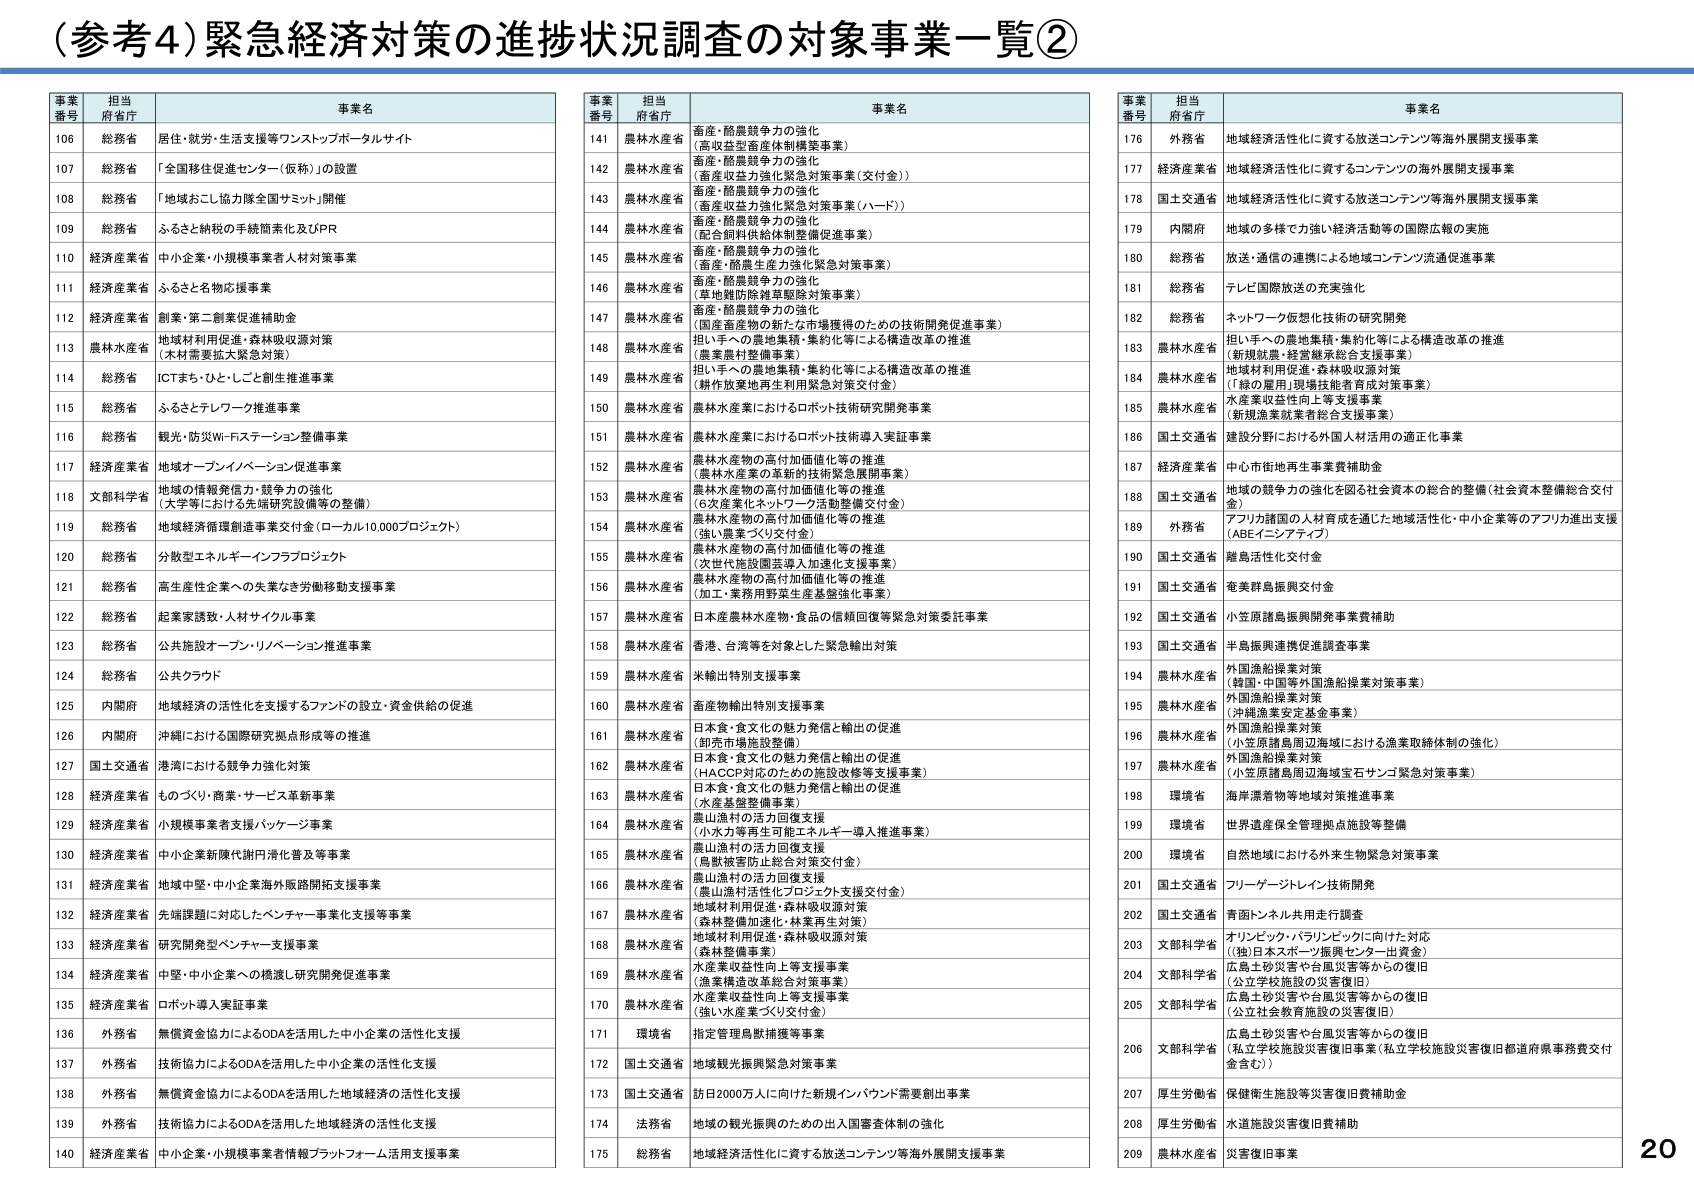
（参考4）緊急経済対策の進捗状況調査の対象事業一覧②

事案番号 担当府省庁 事業名
106 総務省 居住・就労・生活支援等ワンストップポータルサイト
107 総務省 「全国移住促進センター（仮称）」の設置
108 総務省 「地域おこし協力隊全国サミット」開催
109 総務省 ふるさと納税の手続簡素化及びPR
110 経済産業省 中小企業・小規模事業者人材対策事業
111 経済産業省 ふるさと名物応援事業
112 経済産業省 創業・第二創業促進補助金
113 農林水産省 地域材利用促進・森林吸収源対策（木材需要拡大緊急対策）
114 総務省 ICTまち・ひと・しごと創生推進事業
115 総務省 ふるさとテレワーク推進事業
116 総務省 観光・防災Wi-Fiステーション整備事業
117 経済産業省 地域オープンイノベーション促進事業
118 文部科学省 地域の情報発信力・競争力の強化（大学等における先端研究設備等の整備）
119 総務省 地域経済循環創造事業交付金（ローカル10,000プロジェクト）
120 総務省 分散型エネルギーインフラプロジェクト
121 総務省 高生産性企業への失業なき労働移動支援事業
122 総務省 起業家誘致・人材サイクル事業
123 総務省 公共施設オープン・リバージョン推進事業
124 総務省 公共クラウド
125 内閣府 地域経済の活性化を支援するファンドの設立・資金供給の促進
126 内閣府 沖縄における国際研究拠点形成等の推進
127 国土交通省 港湾における競争力強化対策
128 経済産業省 ものづくり・商業・サービス革新事業
129 経済産業省 小規模事業者支援パッケージ事業
130 経済産業省 中小企業新陳代謝円滑化普及等事業
131 経済産業省 地域中堅・中小企業海外販路開拓支援事業
132 経済産業省 先端課題に対応したベンチャー事業化支援等事業
133 経済産業省 研究開発型ベンチャー支援事業
134 経済産業省 中堅・中小企業への橋渡し研究開発促進事業
135 経済産業省 ロボット導入実証事業
136 外務省 無償資金協力によるODAを活用した中小企業の活性化支援
137 外務省 技術協力によるODAを活用した中小企業の活性化支援
138 外務省 無償資金協力によるODAを活用した地域経済の活性化支援
139 外務省 技術協力によるODAを活用した地域経済の活性化支援
140 経済産業省 中小企業・小規模事業者情報プラットフォーム活用支援事業

事案番号 担当府省庁 事業名
141 農林水産省 畜産・酪農競争力の強化（高収益型畜産体制構築事業）
142 農林水産省 畜産・酪農競争力の強化（畜産収益力強化緊急対策事業（交付金））
143 農林水産省 畜産・酪農競争力の強化（畜産収益力強化緊急対策事業（ハード））
144 農林水産省 畜産・酪農競争力の強化（配合飼料供給体制整備促進事業）
145 農林水産省 畜産・酪農競争力の強化（畜産・酪農生産力強化緊急対策事業）
146 農林水産省 畜産・酪農競争力の強化（草地難防除雑草駆除対策事業）
147 農林水産省 畜産・酪農競争力の強化（国産畜産物の新たな市場獲得のための技術開発促進事業）
148 農林水産省 担い手への農地集積・集約化等による構造改革の推進（農業農村整備事業）
149 農林水産省 担い手への農地集積・集約化等による構造改革の推進（耕作放棄地再生利用緊急対策交付金）
150 農林水産省 農林水産業におけるロボット技術研究開発事業
151 農林水産省 農林水産業におけるロボット技術導入実証事業
152 農林水産省 農林水産物の高付加価値化等の推進（農林水産業の革新的技術緊急展開事業）
153 農林水産省 農林水産物の高付加価値化等の推進（6次産業化ネットワーク活動整備交付金）
154 農林水産省 農林水産物の高付加価値化等の推進（強い農業づくり交付金）
155 農林水産省 農林水産物の高付加価値化等の推進（次世代施設園芸導入加速化支援事業）
156 農林水産省 農林水産物の高付加価値化等の推進（加工・業務用野菜生産基盤強化事業）
157 農林水産省 日本産農林水産物・食品の信頼回復等緊急対策委託事業
158 農林水産省 香港、台湾等を対象とした緊急輸出対策
159 農林水産省 米輸出特別支援事業
160 農林水産省 畜産物輸出特別支援事業
161 農林水産省 日本食・食文化の魅力発信と輸出の促進（卸売市場施設整備）
162 農林水産省 日本食・食文化の魅力発信と輸出の促進（HACCP対応のための施設改修等支援事業）
163 農林水産省 日本食・食文化の魅力発信と輸出の促進（水産基盤整備事業）
164 農林水産省 農山漁村の活力回復支援（小水力等再生可能エネルギー導入推進事業）
165 農林水産省 農山漁村の活力回復支援（鳥獣被害防止総合対策交付金）
166 農林水産省 農山漁村の活力回復支援（農山漁村活性化プロジェクト支援交付金）
167 農林水産省 地域材利用促進・森林吸収源対策（森林整備加速化・林業再生対策）
168 農林水産省 地域材利用促進・森林吸収源対策（森林整備事業）
169 農林水産省 水産業収益性向上等支援事業（漁業構造改革総合対策事業）
170 農林水産省 水産業収益性向上等支援事業（強い水産業づくり交付金）
171 環境省 指定管理鳥獣捕獲等事業
172 国土交通省 地域観光振興緊急対策事業
173 国土交通省 訪日2000万人に向けた新規インバウンド需要創出事業
174 法務省 地域の観光振興のための出入国審査体制の強化
175 総務省 地域経済活性化に資する放送コンテンツ等海外展開支援事業

事案番号 担当府省庁 事業名
176 外務省 地域経済活性化に資する放送コンテンツ等海外展開支援事業
177 経済産業省 地域経済活性化に資するコンテンツの海外展開支援事業
178 国土交通省 地域経済活性化に資する放送コンテンツ等海外展開支援事業
179 内閣府 地域の多様で力強い経済活動等の国際広報の実施
180 総務省 放送・通信の連携による地域コンテンツ流通促進事業
181 総務省 テレビ国際放送の充実強化
182 総務省 ネットワーク仮想化技術の研究開発
183 農林水産省 担い手への農地集積・集約化等による構造改革の推進（新規就農・経営継承総合支援事業）
184 農林水産省 地域材利用促進・森林吸収源対策（丁線の雇用・現場技能者育成対策事業）
185 農林水産省 水産業収益性向上等支援事業（新規漁業就業者総合支援事業）
186 国土交通省 建設分野における外国人材活用の適正化事業
187 経済産業省 中心市街地再生事業費補助金
188 国土交通省 地域の競争力の強化を図る社会資本の総合的整備（社会資本整備総合交付金）
189 外務省 アフリカ諸国の人材育成を通じた地域活性化・中小企業等のアフリカ進出支援（ABEイニシアティブ）
190 国土交通省 離島活性化交付金
191 国土交通省 南美群島振興交付金
192 国土交通省 小笠原諸島振興開発事業費補助
193 国土交通省 半島振興連携促進調査事業
194 農林水産省 外国漁船捜索対策（韓国・中国等外国漁船捜索対策事業）
195 農林水産省 外国漁船捜索対策（沖縄漁業安定基金事業）
196 農林水産省 外国漁船捜索対策（小笠原諸島周辺海域における漁業取締体制の強化）
197 農林水産省 外国漁船捜索対策（小笠原諸島周辺海域宝石サンゴ緊急対策事業）
198 環境省 海岸漂着物等地域対策推進事業
199 環境省 世界遺産保全管理拠点施設等整備
200 環境省 自然地域における外来生物緊急対策事業
201 国土交通省 フリーゲージトレイン技術開発
202 国土交通省 青函トンネル共用走行調査
203 文部科学省 オリンピック・パラリンピックに向けた対応（独）日本スポーツ振興センター出資金）
204 文部科学省 広島土砂災害や台風災害等からの復旧（公立学校施設の災害復旧）
205 文部科学省 広島土砂災害や台風災害等からの復旧（公立社会教育施設の災害復旧）
206 文部科学省 広島土砂災害や台風災害等からの復旧（私立学校施設災害復旧事業（私立学校施設災害復旧都道府県事務費交付金含む））
207 厚生労働省 保健衛生施設等災害復旧費補助金
208 厚生労働省 水道施設災害復旧費補助
209 農林水産省 災害復旧事業

20